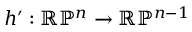
h ^ { \prime } : \mathbb { R P } ^ { n } \to \mathbb { R P } ^ { n - 1 }